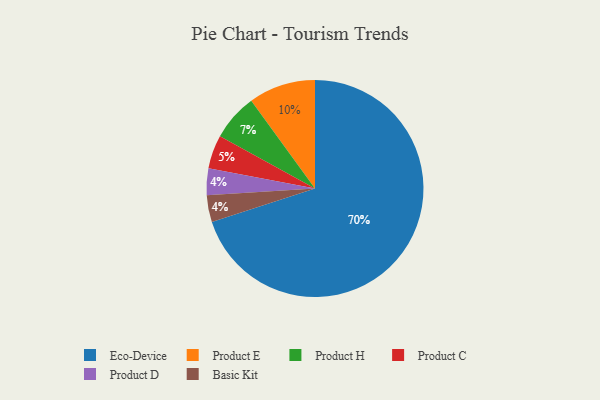
{"axis": {"x": "Category", "y": "Percentage"}, "legend": ["Basic Kit", "Eco-Device", "Product C", "Product D", "Product E", "Product H"], "data": [{"x": "Product D", "y": 4, "type": "Product D"}, {"x": "Eco-Device", "y": 70, "type": "Eco-Device"}, {"x": "Product C", "y": 5, "type": "Product C"}, {"x": "Basic Kit", "y": 4, "type": "Basic Kit"}, {"x": "Product H", "y": 7, "type": "Product H"}, {"x": "Product E", "y": 10, "type": "Product E"}]}